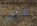
هاكم